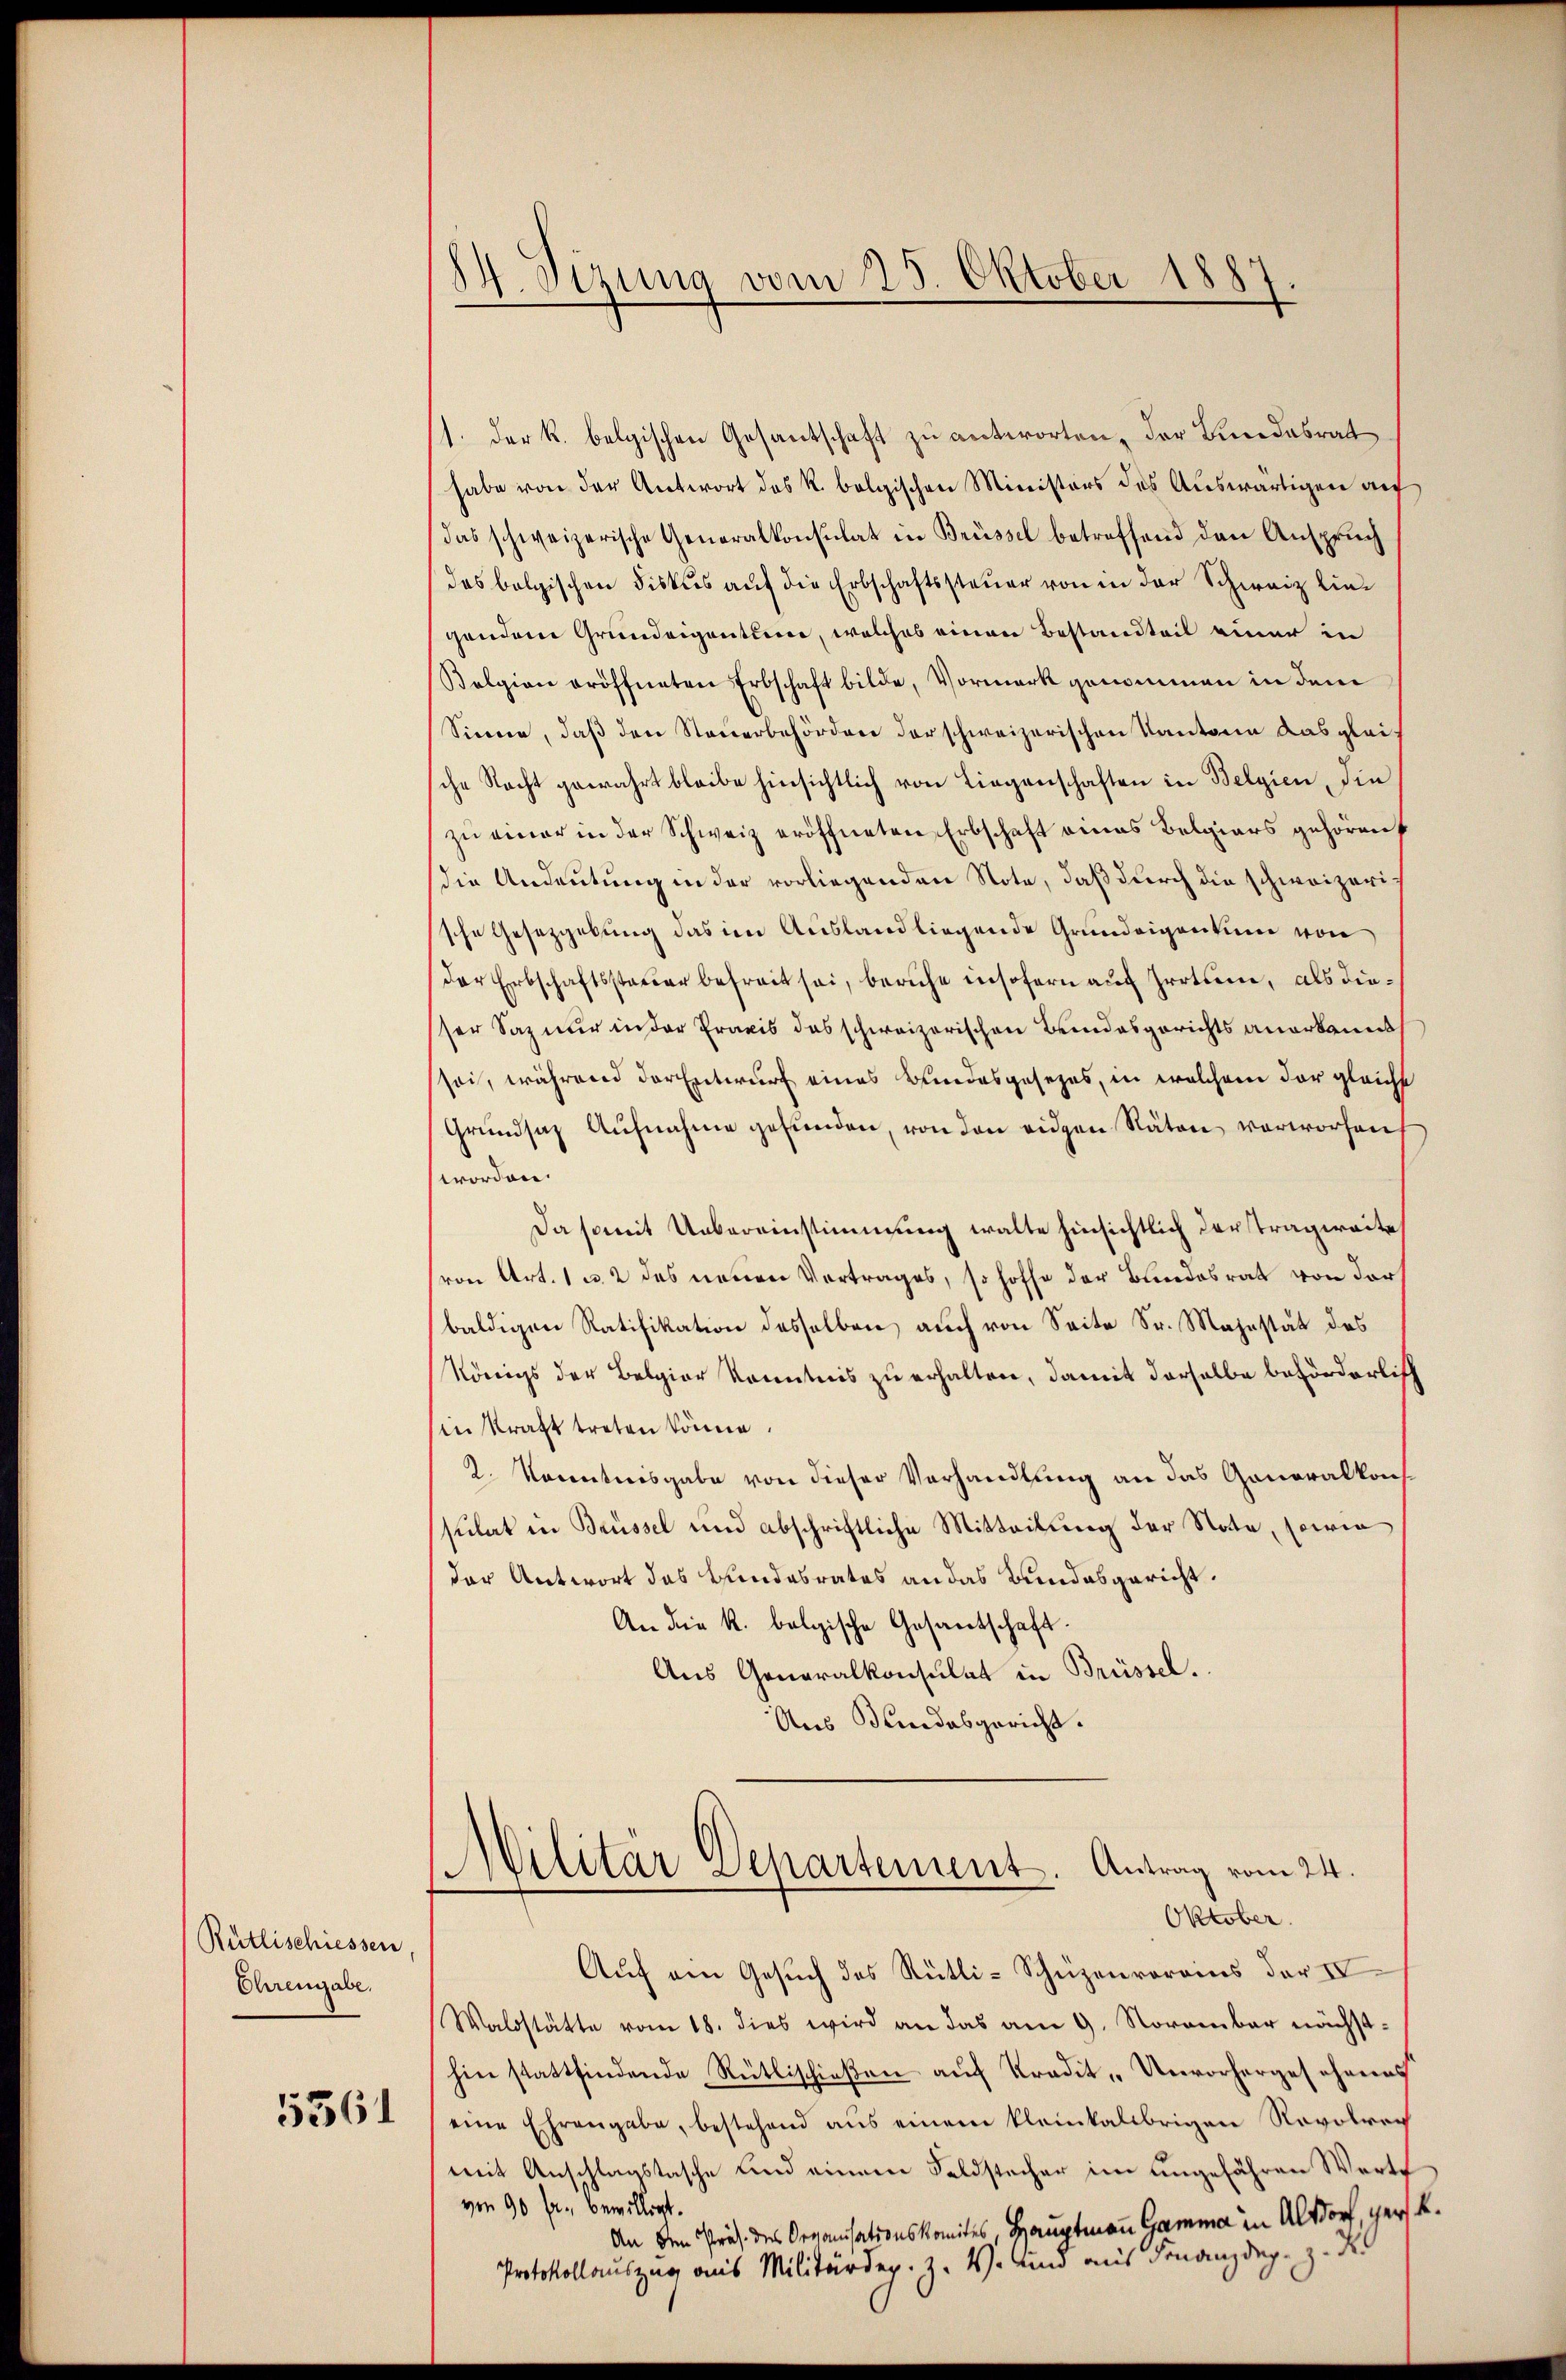
Rütlischiessen
Ehrengabe.
5361

84. Sirung vom 25. Oktober 1887

1. Der R. belgischen Gesantschaft zu antworten, der Bundesrat
habe von der Antwort des R. bolgischen Ministers des Auswärtigen auf
das schweizerische Generalkonsulat in Brüssel betreffend den Ansprŭch
das belgischen Fiskus auf die Erbschaftssteuer von in der Schweiz liegendem Grundeigentume, welches einen Bestandteil einer in
Belgion eröffneten Erbschaft bilde, Vormark genommen in dem
Sinne, daß den Steuerbehörden der schweizerischen Kantone das gleische Nacht gewahrt bleibe hinsichtlich von Liegenschaften in Belgien, die
zu einer in der Schweiz eröffneten Erbschaft eines Belgiars gehören
die Andeutung in der vorliegenden Note, daß durch die schweizerische Gesetzgebung das im Ausland liegende Grundeigentum von
der Erbschaftssteuer befreit sei, beruhe insofern auf Irrtum, als dieser Saznur in der Praxis das schweizerischen Beindesgerichts anerkannt
sei, während der Entwurf eines Bundesgesetzes, in welchem der gleiche
Grŭndsaz Aŭfnahme gefŭnden, von den eidgen Räten verworfen
worden.
Da somit Uebereinstimmung walte hinsichtlich derstragweite
von Art. 1 u. 2 des neuen Vertrages, so hoffe der Bundesrat von der
baldigen Ratifikation desselben auch von Seite Sr. Majestät des
Königs der Belgier Kenntnis zu erhalten, damit derselbe beförderlich
in Kraft treten könne
2. Nocentreisgabe von dieser Verhandlung an das Generalkonssulat in Brüssel und abschriftliche Mitteilung der Note, sowie
der Antwort das Bundesrates an das Bundesgericht.
An die k. belgische Gesandtschaft.
Aus Generalkonsulat in Brüssel.
Aus Bundesgericht.

Militar Separtement. Antrag vom 24.
Oktober.

Auf ein Gesuch des Rütli-Schüzenrorains der IV
Waldstätte vom 18. dies wird an das am 9. November nächsthin stattfindende Rütlischießen auf Kredit-Unvorhergesehens
eine Ehrengabe, bestehend aus einem kleinkalbrigen Revolrech
mit Anschlagstasche und einem Feldstecher im ungefähren Werth
von 90 fr., bewilligt.
An den Präs. des Organisationskomites, Hauptmann Gamma in Altdorf, gern k.
Protokollauszug aus Militärdep. Z. W. unnd mit Finanzdep. zu